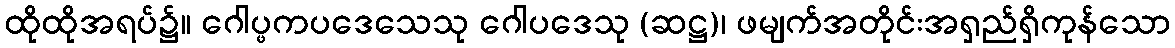
ထိုထိုအရပ်၌။ ဂေါပ္ဖကပဒေသေသု ဂေါပဒေသု (ဆဋ္ဌ)၊ ဖမျက်အတိုင်းအရှည်ရှိကုန်သော